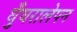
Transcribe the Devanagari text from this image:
घुँघरालेपन